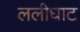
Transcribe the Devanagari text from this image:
ललीघाट